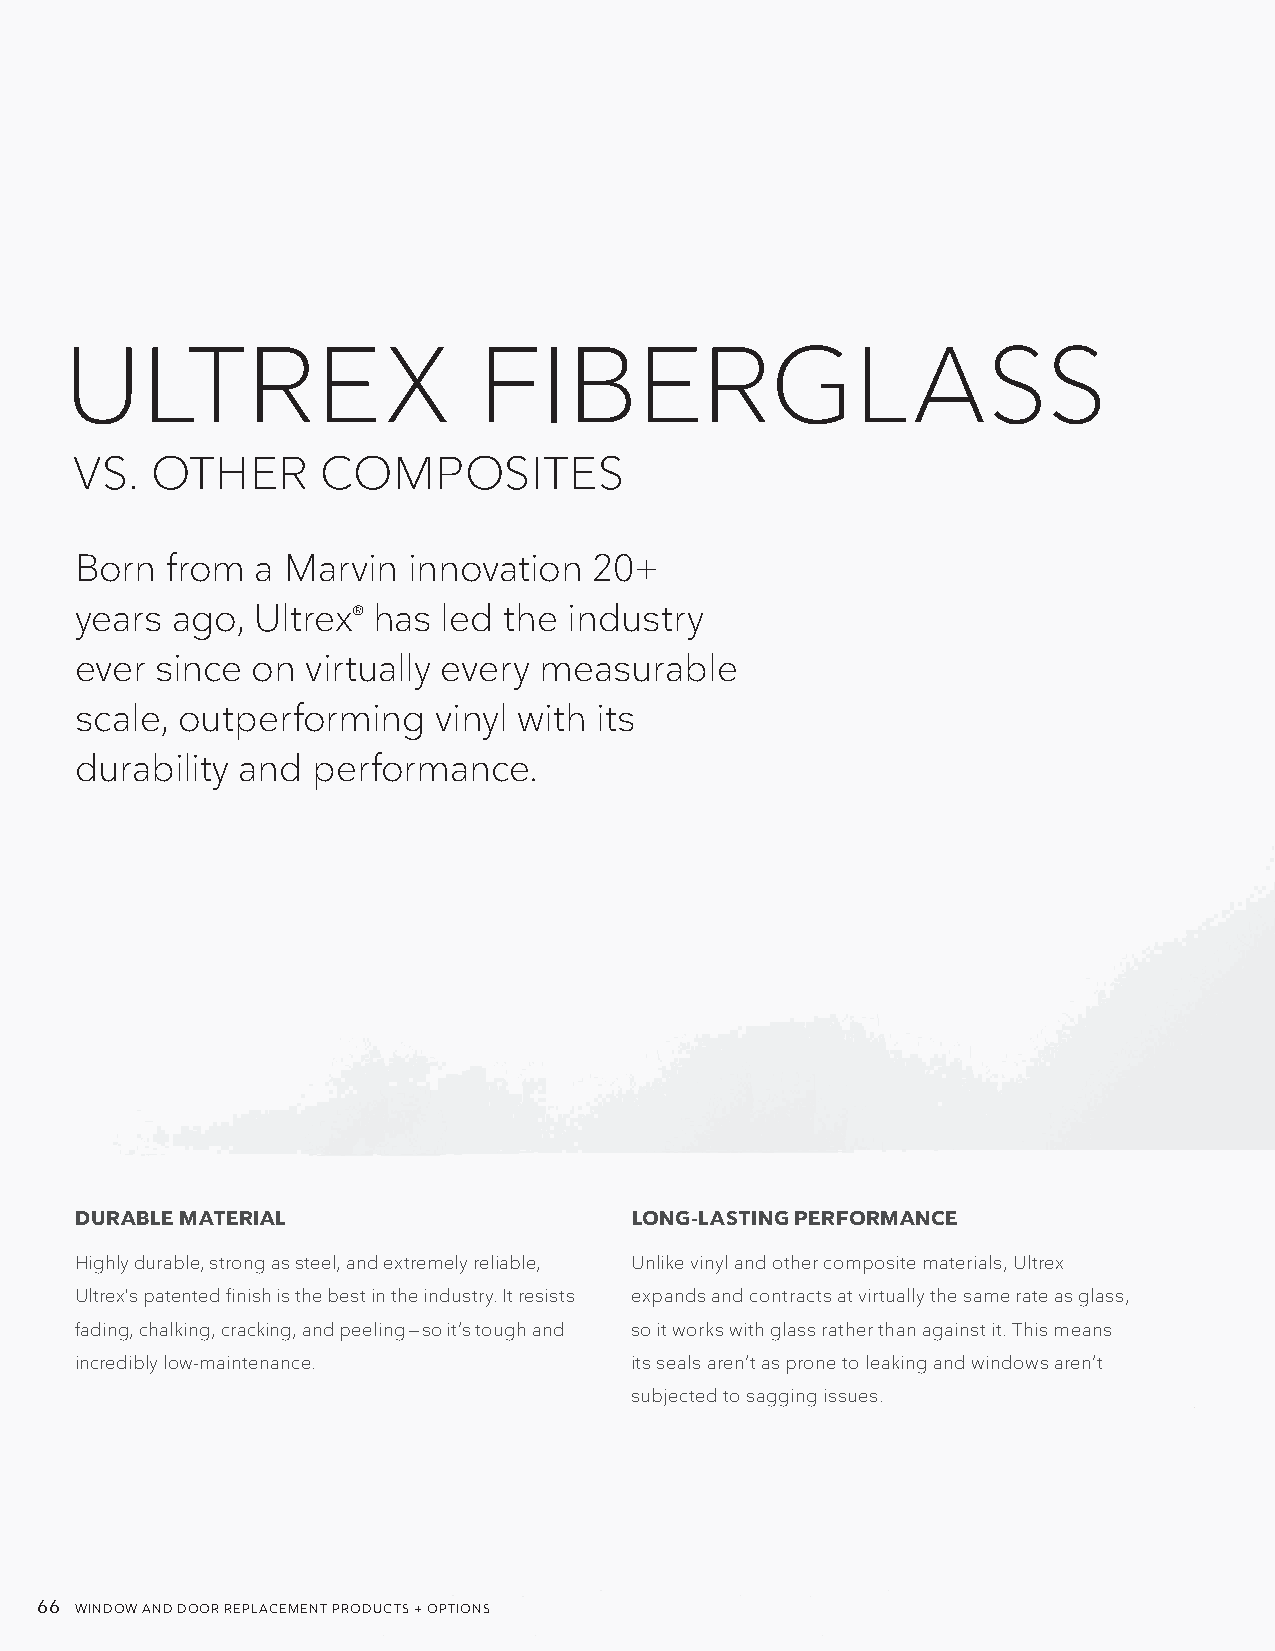
U    LTREX                  FIBERGLASS
 VS.  OTHER      COMPOSITES
 Born  from  a Marvin  innovation  20+
 years ago,  Ultrex® has led the  industry
 ever since  on virtually every measurable
 scale, outperforming    vinyl with its
 durability and  performance.
 DURABLE MATERIAL                     LONG-LASTING PERFORMANCE
 Highly durable, strong as steel, and extremely reliable, Unlike vinyl and other composite materials, Ultrex
 Ultrex's patented finish is the best in the industry. It resists expands and contracts at virtually the same rate as glass,
 fading, chalking, cracking, and peeling — so it’s tough and so it works with glass rather than against it. This means
 incredibly low-maintenance.          its seals aren’t as prone to leaking and windows aren’t
 subjected to sagging issues.
 66 WINDOW AND DOOR REPLACEMENT PRODUCTS + OPTIONS